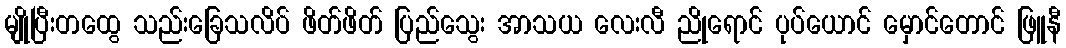
မျိုပြီးတထွေ သည်းခြေသလိပ် ဖိတ်ဖိတ် ပြည်သွေး အာသယ လေးလီ ညိုရောင် ပုပ်ယောင် မှောင်တောင် ဖြူနီ